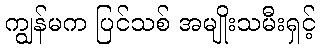
ကျွန်မက ပြင်သစ် အမျိုးသမီးရှင့်